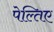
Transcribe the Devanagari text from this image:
पेल्तिए